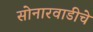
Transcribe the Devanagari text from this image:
सोनारवाडीचे